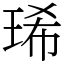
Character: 琋